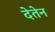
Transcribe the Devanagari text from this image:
देतेन